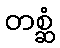
တစ္ဆံ